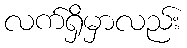
လက်ရှိမှာလည်း